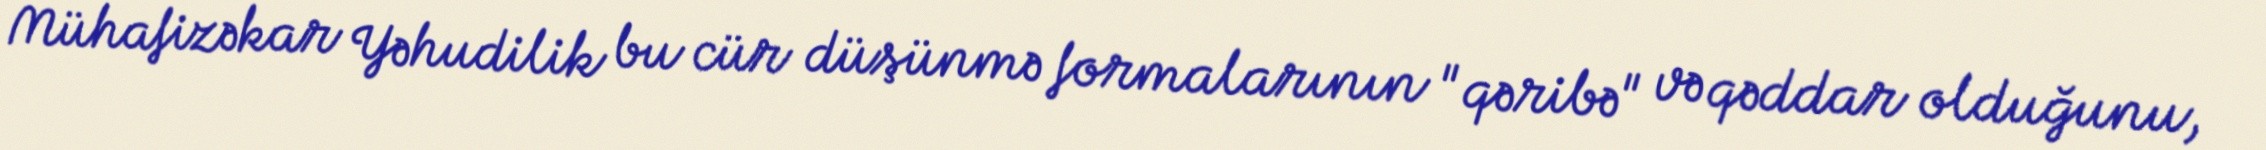
Mühafizəkar Yəhudilik bu cür düşünmə formalarının "qəribə" və qəddar olduğunu,